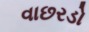
વાછરડો